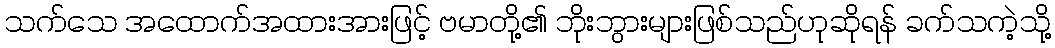
သက်သေ အထောက်အထားအားဖြင့် ဗမာတို့၏ ဘိုးဘွားများဖြစ်သည်ဟုဆိုရန် ခက်သကဲ့သို့